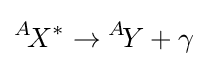
{}^{A}\!X^{*}\to {}^{A}\!Y+\gamma